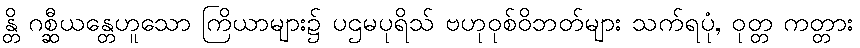
န္တိ ဂစ္ဆီယန္တေဟူသော ကြိယာများ၌ ပဌမပုရိသ် ဗဟုဝုစ်ဝိဘတ်များ သက်ရပုံ, ဝုတ္တ ကတ္တား